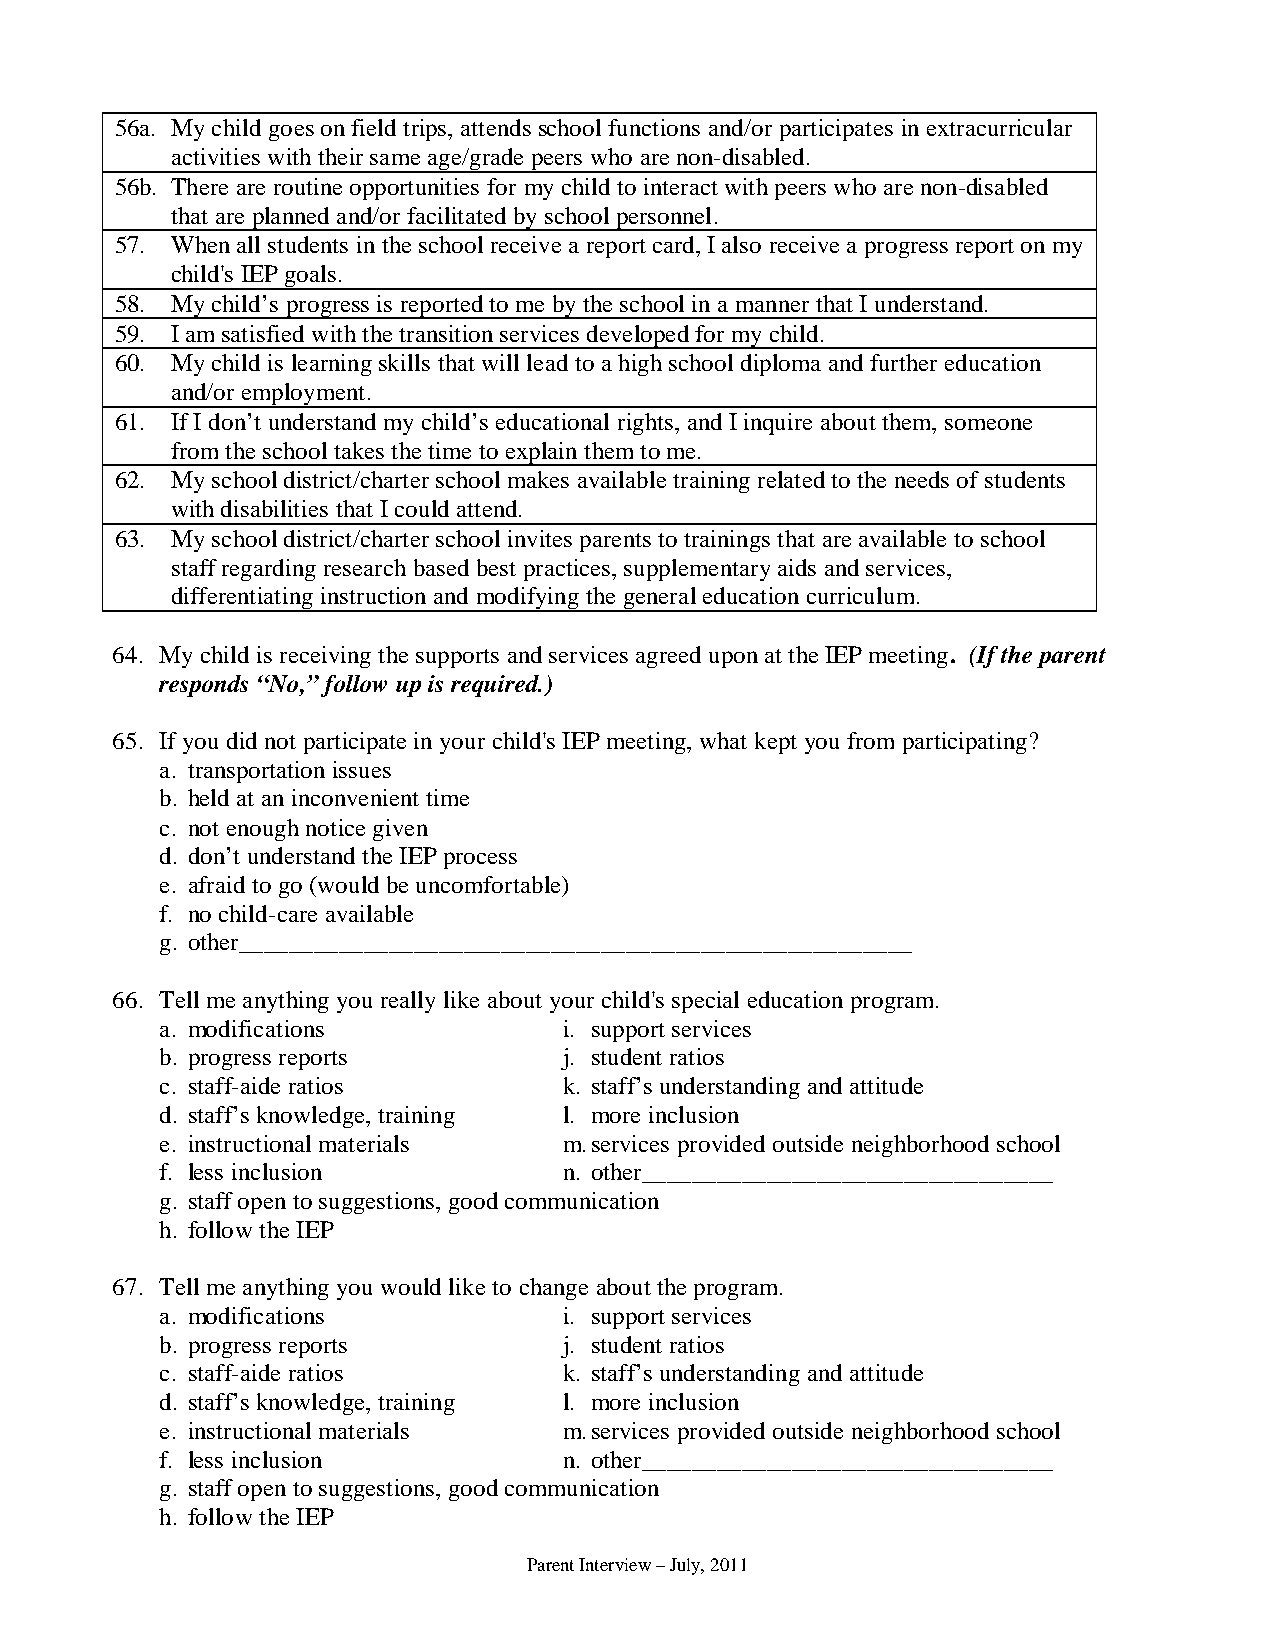
56a. My child goes on field trips, attends school functions and/or participates in extracurricular
 activities with their same age/grade peers who are non-disabled.
 56b. There are routine opportunities for my child to interact with peers who are non-disabled
 that are planned and/or facilitated by school personnel.
 57. When all students in the school receive a report card, I also receive a progress report on my
 child's IEP goals.
 58. My child’s progress is reported to me by the school in a manner that I understand.
 59. I am satisfied with the transition services developed for my child.
 60. My child is learning skills that will lead to a high school diploma and further education
 and/or employment.
 61. If I don’t understand my child’s educational rights, and I inquire about them, someone
 from the school takes the time to explain them to me.
 62. My school district/charter school makes available training related to the needs of students
 with disabilities that I could attend.
 63. My school district/charter school invites parents to trainings that are available to school
 staff regarding research based best practices, supplementary aids and services,
 differentiating instruction and modifying the general education curriculum.
 64. My child is receiving the supports and services agreed upon at the IEP meeting. (If the parent
 responds “No,” follow up is required.)
 65. If you did not participate in your child's IEP meeting, what kept you from participating?
 a. transportation issues
 b. held at an inconvenient time
 c. not enough notice given
 d. don’t understand the IEP process
 e. afraid to go (would be uncomfortable)
 f. no child-care available
 g. other______________________________________________________
 66. Tell me anything you really like about your child's special education program.
 a. modifications          i. support services
 b. progress reports       j. student ratios
 c. staff-aide ratios      k. staff’s understanding and attitude
 d. staff’s knowledge, training l. more inclusion
 e. instructional materials m. services provided outside neighborhood school
 f. less inclusion         n. other_________________________________
 g. staff open to suggestions, good communication
 h. follow the IEP
 67. Tell me anything you would like to change about the program.
 a. modifications          i. support services
 b. progress reports       j. student ratios
 c. staff-aide ratios      k. staff’s understanding and attitude
 d. staff’s knowledge, training l. more inclusion
 e. instructional materials m. services provided outside neighborhood school
 f. less inclusion         n. other_________________________________
 g. staff open to suggestions, good communication
 h. follow the IEP
 Parent Interview – July, 2011